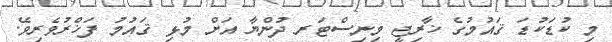
މި ކުޑަކުޑަ ޤައުމުގެ ޚާރިޖީ މިނިސްޓަރ ދުންޔާ އަށް މުޅި ޤައުމު ފަޚްރުވެރިވޭ.